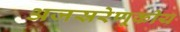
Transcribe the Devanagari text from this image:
अजस्ररेणूकीय